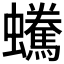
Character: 𧔟